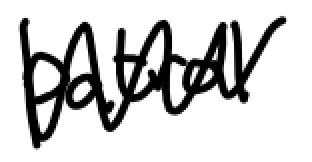
Text: patrol
Cross-out: zig-zag
Writing tool: digital_black